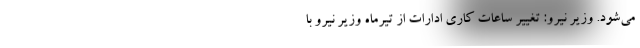
می‌شود. وزیر نیرو: تغییر ساعات کاری ادارات از تیرماه وزیر نیرو با